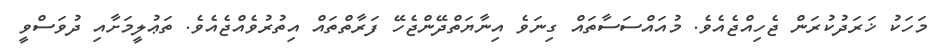
މަހަކު ޚަރަދުކުރަން ޖެހިއްޖެއެވެ. މުއައްސަސާތައް ގިނަވެ އިނާޔަތްދޭންޖެހޭ ފަރާތްތައް އިތުރުވެއްޖެއެވެ. ތަޢުލީމަށާއި ދުވަސްވީ